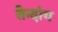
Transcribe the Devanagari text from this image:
तेन्दांग